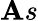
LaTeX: \mathbf{A}s